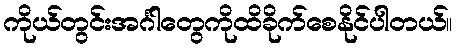
ကိုယ်တွင်းအင်္ဂါတွေကိုထိခိုက်စေနိုင်ပါတယ်။